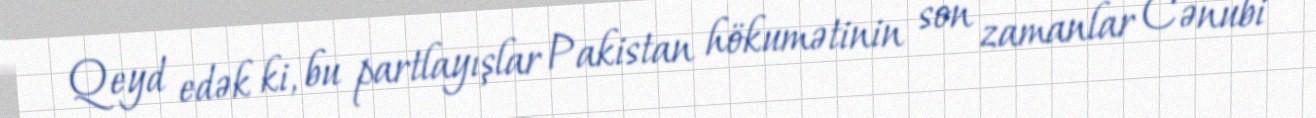
Qeyd edək ki, bu partlayışlar Pakistan hökumətinin son zamanlar Cənubi